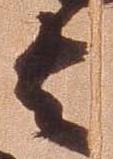
者